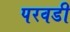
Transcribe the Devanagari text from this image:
परवडी